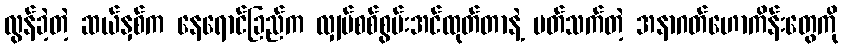
လွန်ခဲ့တဲ့ ဆယ်နှစ်က နေရောင်ခြည်က လျှပ်စစ်စွမ်းအင်ထုတ်တာနဲ့ ပတ်သက်တဲ့ အနာဂတ်ဟောကိန်းတွေကို